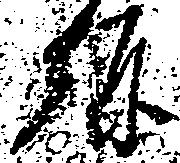
弥